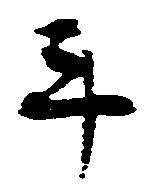
斗